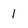
Character: 1